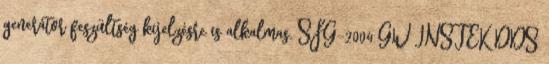
generátor feszültség kijelzésre is alkalmas. SFG-2004 GW INSTEK DDS